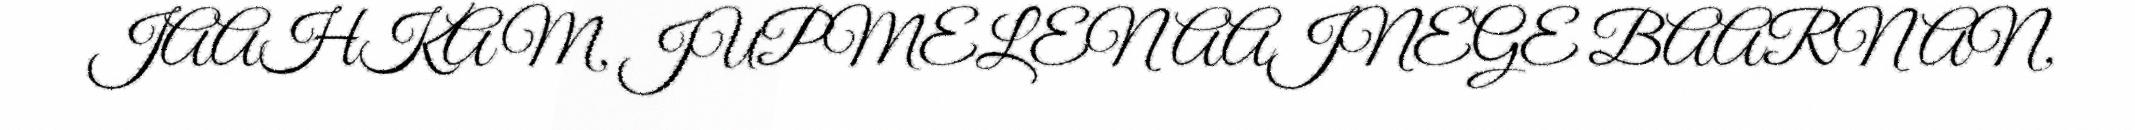
JAAHKAM, JUPMELEN AAJNEGE BAARNAN,